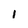
Character: 1